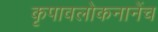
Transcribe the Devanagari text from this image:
कृपावलोकनानेंच